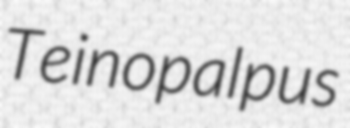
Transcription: Teinopalpus